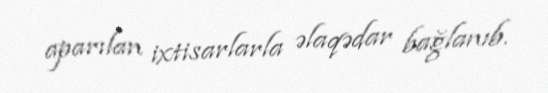
aparılan ixtisarlarla əlaqədar bağlanıb.